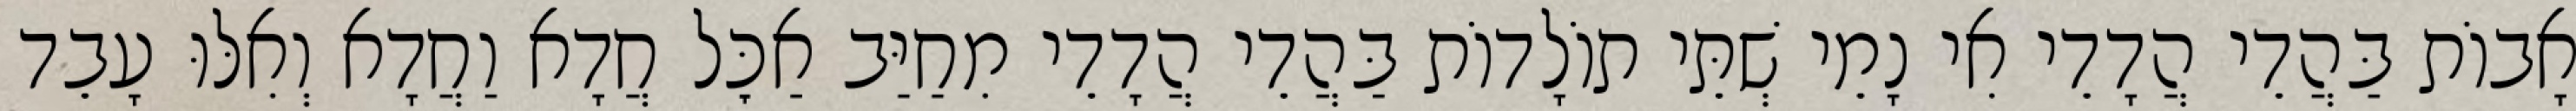
אָבוֹת בַּהֲדֵי הֲדָדֵי אִי נָמֵי שְׁתֵּי תוֹלָדוֹת בַּהֲדֵי הֲדָדֵי מִחַיַּב אַכׇּל חֲדָא וַחֲדָא וְאִלּוּ עָבֵד